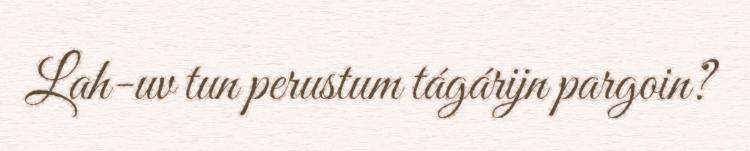
Lah-uv tun perustum tágárijn pargoin?